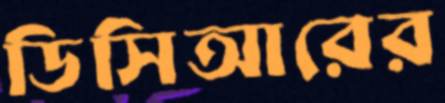
ডিসিআরের